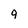
Character: 9